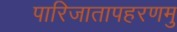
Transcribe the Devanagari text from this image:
पारिजातापहरणमु